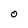
Character: 0